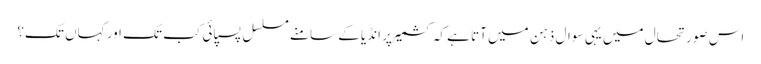
اس صورتحال میں یہی سوال ذہن میں آتا ہے کہ کشمیر پر انڈیا کے سامنے مسلسل پسپائی کب تک اور کہاں تک؟